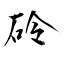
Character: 砱